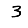
Digit: 3